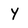
Character: Y